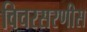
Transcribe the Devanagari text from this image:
विचरसरणीस